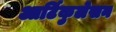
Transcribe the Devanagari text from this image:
आर्टिकुलेसन